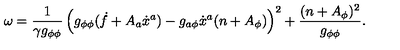
\omega = \frac { 1 } { \gamma g _ { \phi \phi } } \left( g _ { \phi \phi } ( \dot { f } + A _ { a } \dot { x } ^ { a } ) - g _ { a \phi } \dot { x } ^ { a } ( n + A _ { \phi } ) \right) ^ { 2 } + \frac { ( n + A _ { \phi } ) ^ { 2 } } { g _ { \phi \phi } } .